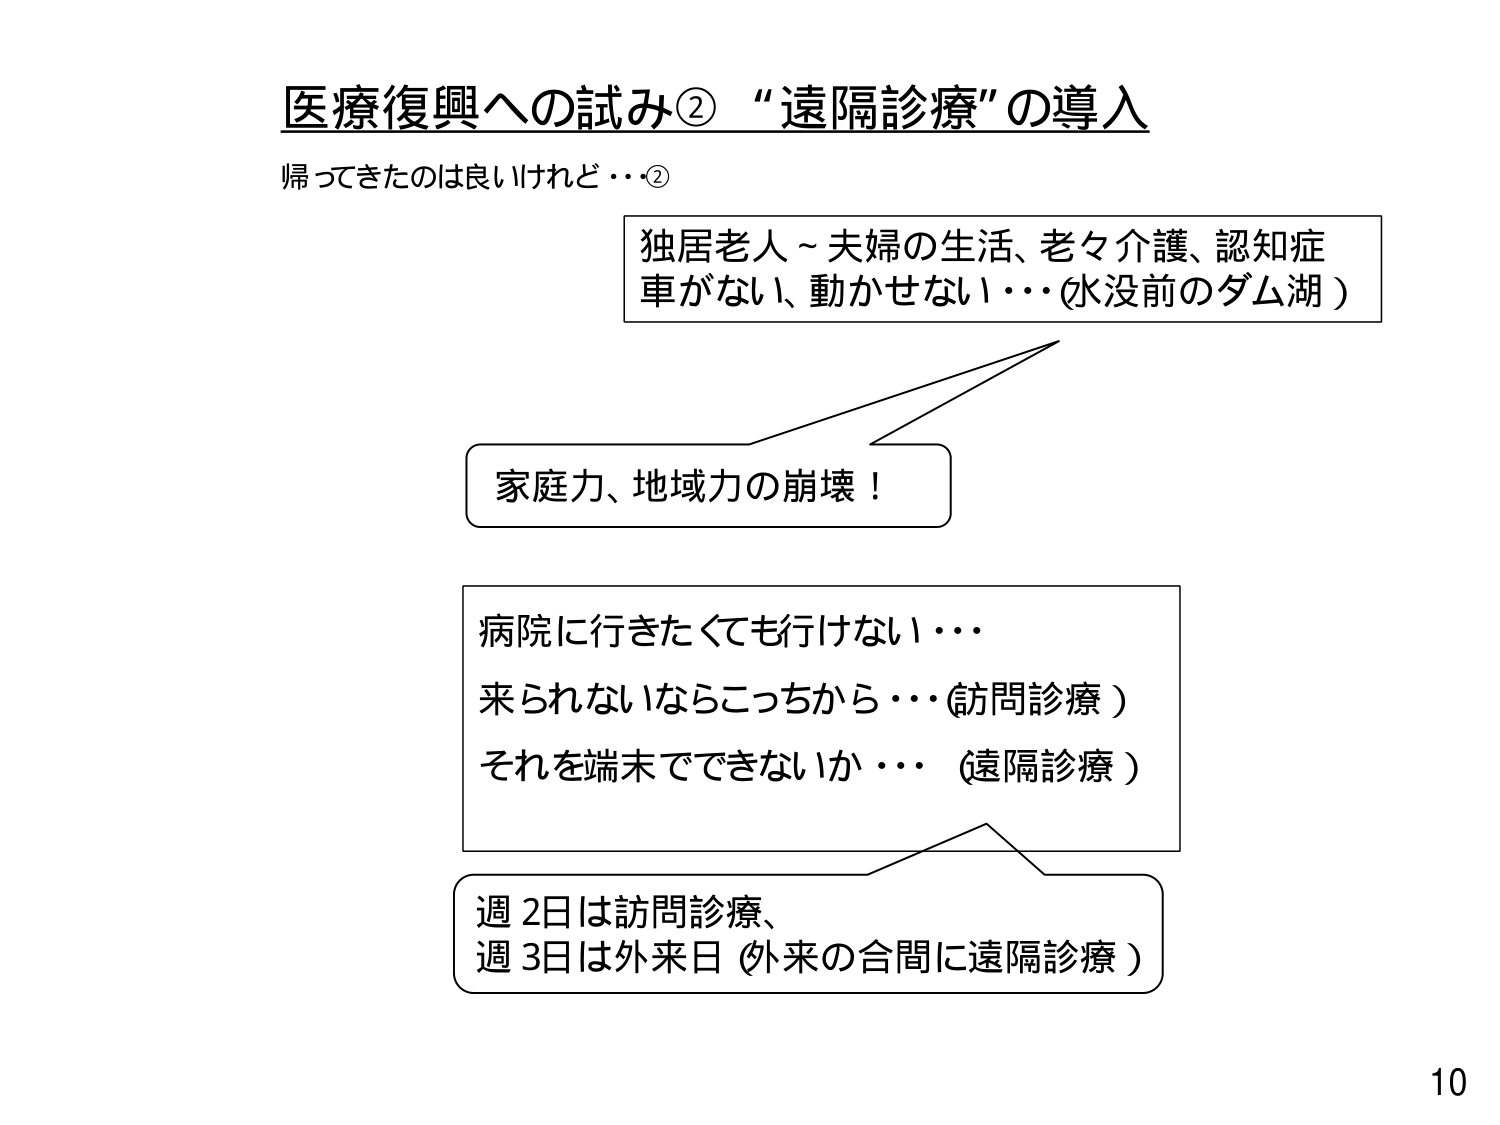
医療復興への試み② “遠隔診療” の導入
帰ってきたのは良いけれど・・・②

独居老人～夫婦の生活、老々介護、認知症
車がない、動かせない・・・（水没前のダム湖）

家庭力、地域力の崩壊！

病院に行きたくても行けない・・・
来られないならこっちから・・・（訪問診療）
それを端末でできないか・・・（遠隔診療）

週2日は訪問診療、
週3日は外来日（外来の合間に遠隔診療）

10